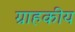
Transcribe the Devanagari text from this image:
ग्राहकीय